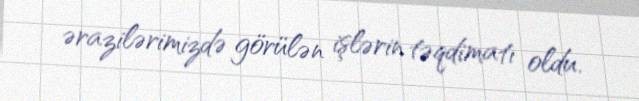
ərazilərimizdə görülən işlərin təqdimatı oldu.